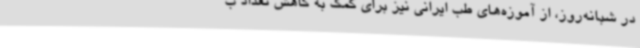
در شبانه‌روز، از آموزه‌های طب ایرانی نیز برای کمک به کاهش تعداد ب